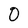
Character: O